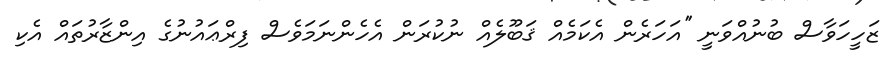
ޒަހީހަވާސް ބުނުއްވަނީ ''އަހަރެން އެކަމެއް ޤަބޫލެއް ނުކުރަން އެހެންނަމަވެސް ފިރްޢައުނުގެ އިންޒާރުތައް އެކި